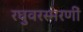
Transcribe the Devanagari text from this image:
रघुवरस्मरणीं